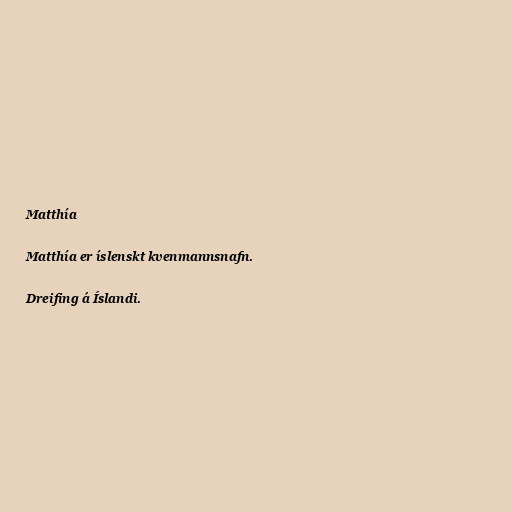
Matthía

Matthía er íslenskt kvenmannsnafn.

Dreifing á Íslandi.